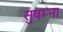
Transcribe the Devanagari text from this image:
सुषम्ना